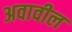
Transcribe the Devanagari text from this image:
अवावील